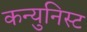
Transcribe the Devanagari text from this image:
कन्युनिस्ट